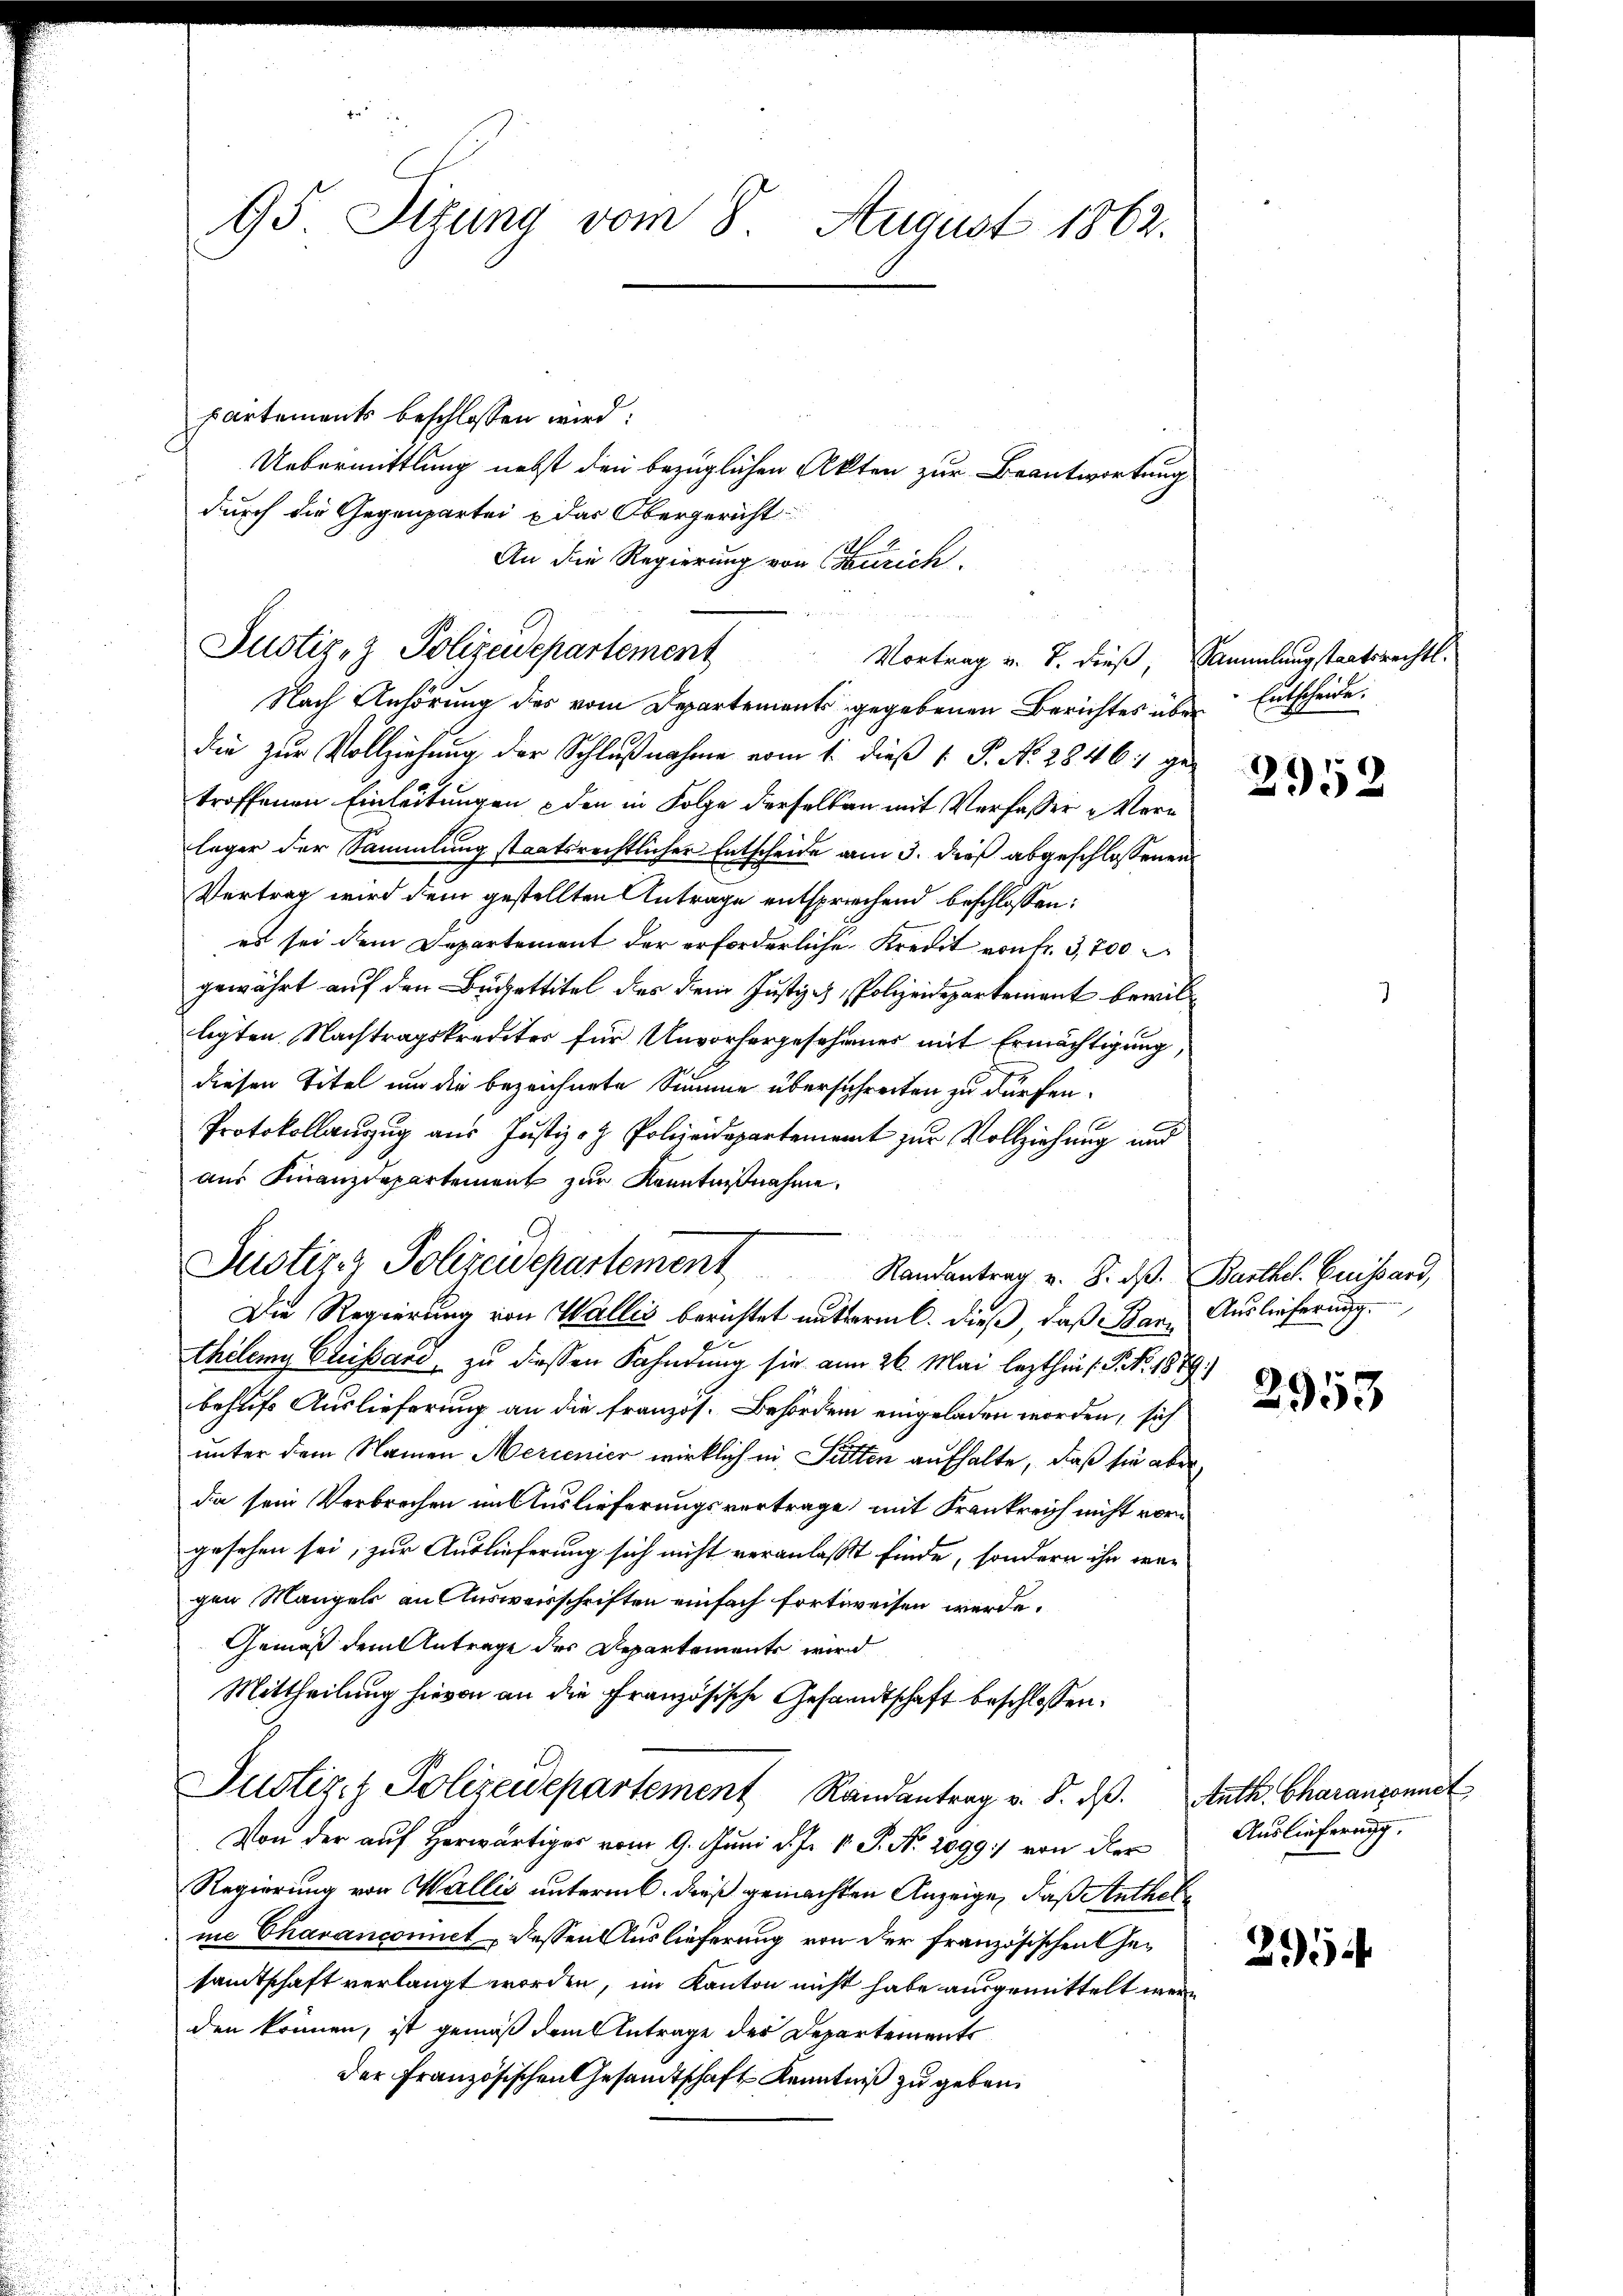
95 Situng vom 8 August 1862.
partements beschlossen wird:
Uebermittlung nebst den bezüglichen Akten zur Beantwortung

durch die Gegenpartei u das Obergericht
An die Regierung von Curich.
Nach Anhörung des vom Departements gegebenen Berichtes übe
die zŭr Vollziehŭng der Schlŭβnahme vom 1. dieβ 1 S. No. 2846. ge-
troffenen Einleitungen den in Folge derselben mit Verfasser Verleger der Sammlung staatsrechtlicher Entscheide am 3. dieß abgeschlossenen
Vertrag wird dem gestellten Antrage entsprechend beschlossen:
es sei dem Departement der erforderliche Kredit von fr. 3,700
gewährt auf den Budgettitel des Dein Justiz- & Polizeidepartement bewilligten Nachtragskredites für Unvorhergesehenes mit Ermächtigung
diesen Titel um die bezeichnete Summe übersichreiten zu dürfen.
Protokollauzug aus Justiz- & Polizeidepartement zur Vollziehung und
aŭs Finanzdepartement zur Kenntnißnahme.
thèlemy Claissard, zu diesen Fahndung sie am 26. Mai lezthin (: P. Nr. 1889.)
behufs Auslieferung an die französ. Behörden eingeladen worden, sich
unter dem Namen Mercenier wirklich in Sitten aufhalte, daß sie aber
dia sein Verbrechen im Auslieferungsvertrage mit Frankreich nicht vorgesehen sei, zur Auslieferung sich nicht veranlaßt finde, sondern ihn war
gen Mangels an Ausweisschriften einfach fortweisen werde.
Gemäß dem Antrage des Departemente wird
Mittheilung hievon an die Französische Gesandtschaft beschlossen:
Justiz- & Polizeidepartement Randantrag v. 8. ds.
Von der auf Herwärtiger vom 9. Juni d. J. V. P. Nr. 2099 von der
Regierung von Wallis untermb. dieß gemachten Anzeige, daß Anthelme Chavancomit dessen Auslieferung von der französischen Gesamtschaft verlangt worden, im Kanton nicht habe ausgemittelt werden können, ist gemäß dem Antrage der Departements
der Französischen Gesandtschaft Kenntniß zu geben.

Justiz- & Polizeidepartement

Justiz- & Polizeidepartement Randantrag v. 8. ds.
Die Regierung von Wallis berichtet untermit dieß, daß Bar

Vortrag v. J. dieß, Sammlungstaatsrechtl.

Entscheide.
.

2952

Barthel. Quissard,
Auslieferung.

2953

Anth. Charanconnet
Auslieferung.

294